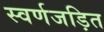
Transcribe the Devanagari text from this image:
स्वर्णजड़ित